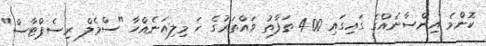
ކޮންމެ އިންސާނެއްގެ ގައިގައި 400 ތަފާތު ވައްތަރުގެ ހަ މިލިއަނެއްހާ "ސްމެލް ރިސެޕްޓާސް"